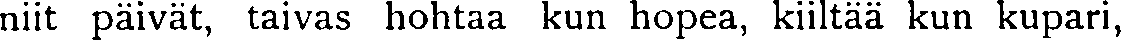
niit päivät, taivas hohtaa kun hopea, kiiltää kun kupari,